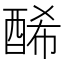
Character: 𨡂